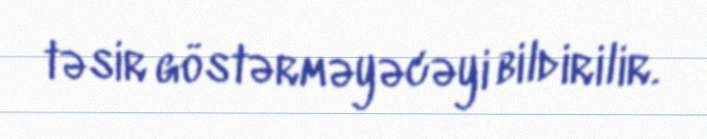
təsir göstərməyəcəyi bildirilir.